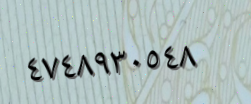
٤٧٤٨٩٣٠٥٤٨